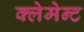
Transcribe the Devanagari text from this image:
क्लेमेन्ट